Report on sanitation, dispensaries, and jails in Rajputana for 1919, and on vaccination for the year 1919-1920 - 1919-1920
Year: 1919
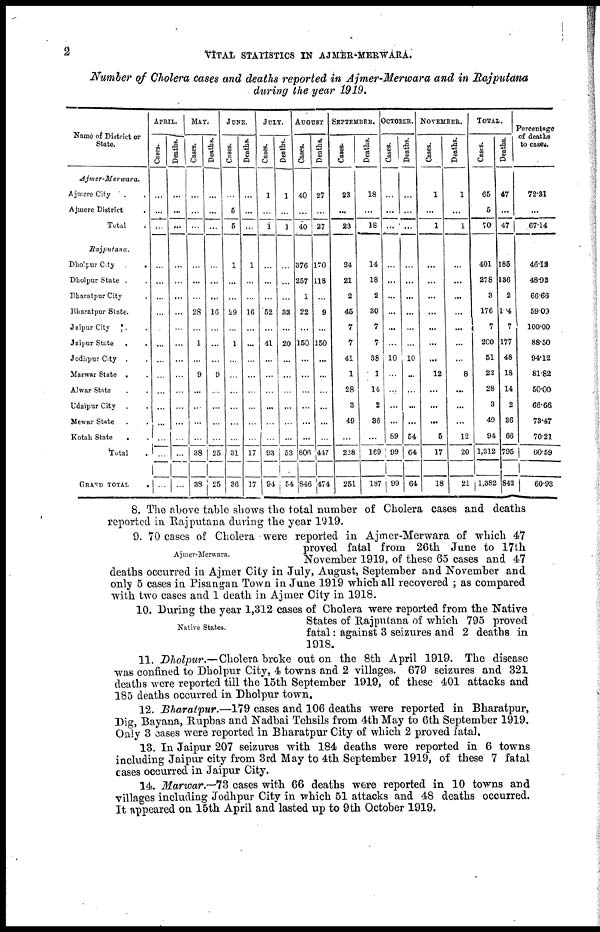
2
VITAL STATISTICS IN AJMER-MERWARA.
Number of Cholera cases and deaths reported in Ajmer-Merwara and in
Rajputana
during the year 1919.
Name of District or
State.
Ajmer-Merwara.
Ajmere City . .
Ajmere District .
Total
.
Rajputana.
Dholpur City . .
Dholpur State . .
Bharatpur City . .
Bharatpur State.
Jaipur City . .
Jaipur State
.
.
Jodhpur City . .
Marwar State . .
Alwar State . .
Udaipur City . .
Mewar State . .
Kotah State . .
Total .
GRAND TOTAL
.
APRIL.
Cases.
...
...
...
...
...
...
...
...
...
...
...
...
...
...
...
...
...
Deaths.
...
...
...
...
...
...
...
...
...
...
...
...
...
...
...
...
...
MAY
Cases.
...
...
...
...
...
...
28
...
1
...
9
...
...
...
...
38
38
Deaths.
...
...
...
...
...
...
16
...
...
...
9
...
...
...
...
25
25
JUNE.
Cases.
...
5
5
1
...
...
29
...
1
...
...
...
...
...
...
31
36
Deaths.
...
...
...
1
...
...
16
...
...
...
...
...
...
...
...
17
17
JULY.
Cases.
1
...
1
...
...
...
52
...
41
...
...
...
...
...
...
93
94
Deaths.
1
...
1
...
...
...
33
...
20
...
...
...
...
...
...
53
54
AUGUST
Cases.
40
...
40
376
257
1
22
...
150
...
...
...
...
...
...
806
846
Deaths.
27
...
27
170
118
...
9
...
150
...
...
...
...
...
...
447
474
SEPTEMBER.
Cases.
23
...
23
24
21
2
45
7
7
41
1
28
3
49
...
228
251
Deaths.
18
...
18
14
18
2
30
7
7
38
1
14
2
36
...
169
187
OCTOBER.
Cases.
...
...
...
...
...
...
...
...
...
10
...
...
...
...
89
99
99
Deaths.
...
...
...
...
...
...
...
...
...
10
...
...
...
...
54
64
64
NOVEMBER.
Cases.
1
...
1
...
...
...
...
...
...
...
12
...
...
...
5
17
18
Deaths.
1
...
1
...
...
...
...
...
...
...
8
...
...
...
12
20
21
TOTAL.
Casts.
65
5
70
401
278
3
176
7
200
51
22
28
3
49
94
1,312
1,382
Deaths.
47
...
47
185
136
2
194
7
177
48
18
14
2
36
66
795
842
Percentage
of deaths
to cases.
72.31
...
67.14
46.13
48.92
66.66
59.09
100.00
88.50
94.12
81.82
50.00
66.66
73.47
70.21
60.59
60.93
Ajmer-Merwara.
8. The above table shows the total number of Cholera cases and deaths
reported in Rajputana during the year 1919.
9. 70 cases of Cholera were reported in Ajmer-Merwara of which 47
proved fatal from 26th June to 17th
November 1919, of these 65 cases and 47
deaths occurred in Ajmer City in July, August, September and November and
only 5 cases in Pisangan Town in June 1919 which all recovered ; as compared
with two cases and 1 death in Ajmer City in 1918.
Native States.
10. During the year 1,312 cases of Cholera were reported from the Native
States of Rajputana of which 795 proved
fatal: against 3 seizures and 2 deaths in
1918.
11. Dholpur.—Cholera broke out on the 8th April 1919. The disease
was confined to Dholpur City, 4 towns and 2 villages. 679 seizures and 321
deaths were reported till the 15th September 1919, of these 401 attacks and
185 deaths occurred in Dholpur town.
12. Bharatpur.—179 cases and 106 deaths were reported in Bharatpur,
Dig, Bayana, Rupbas and Nadbai Tehsils from 4th May to 6th September 1919.
Only 3 cases were reported in Bharatpur City of which 2 proved fatal,
13. In Jaipur 207 seizures with 184 deaths were reported in 6 towns
including Jaipur city from 3rd May to 4th September 1919, of these 7 fatal
cases occurred in Jaipur City.
14. Marwar.—73 cases with 66 deaths were reported in 10 towns and
villages including Jodhpur City in which 51 attacks and 48 deaths occurred.
It appeared on 15th April and lasted up to 9th October 1919.